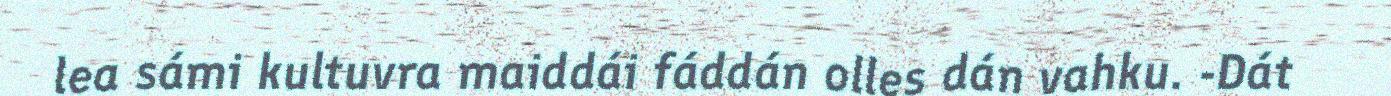
lea sámi kultuvra maiddái fáddán olles dán vahku. -Dát